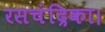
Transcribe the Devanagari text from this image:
रसचंद्रिका।